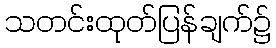
သတင်းထုတ်ပြန်ချက်၌